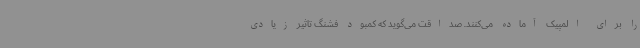
را برای المپیک آماده می‌کنند. صداقت می‌گوید که کمبود فشنگ تاثیر زیادی